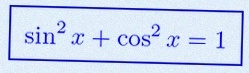
\sin^2x+\cos^2x=1